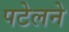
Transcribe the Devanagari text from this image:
पटेलने